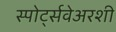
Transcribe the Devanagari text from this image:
स्पोर्ट्सवेअरशी